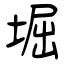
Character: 堀